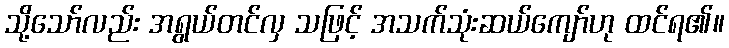
သို့သော်လည်း အရွယ်တင်လှ သဖြင့် အသက်သုံးဆယ်ကျော်ဟု ထင်ရ၏။